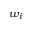
w _ { i }